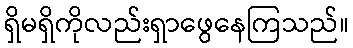
ရှိမရှိကိုလည်းရှာဖွေနေကြသည်။